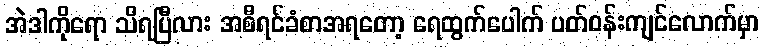
အဲဒါကိုရော သိရပြီလား အစီရင်ခံစာအရတော့ ရေထွက်ပေါက် ပတ်ဝန်းကျင်လောက်မှာ